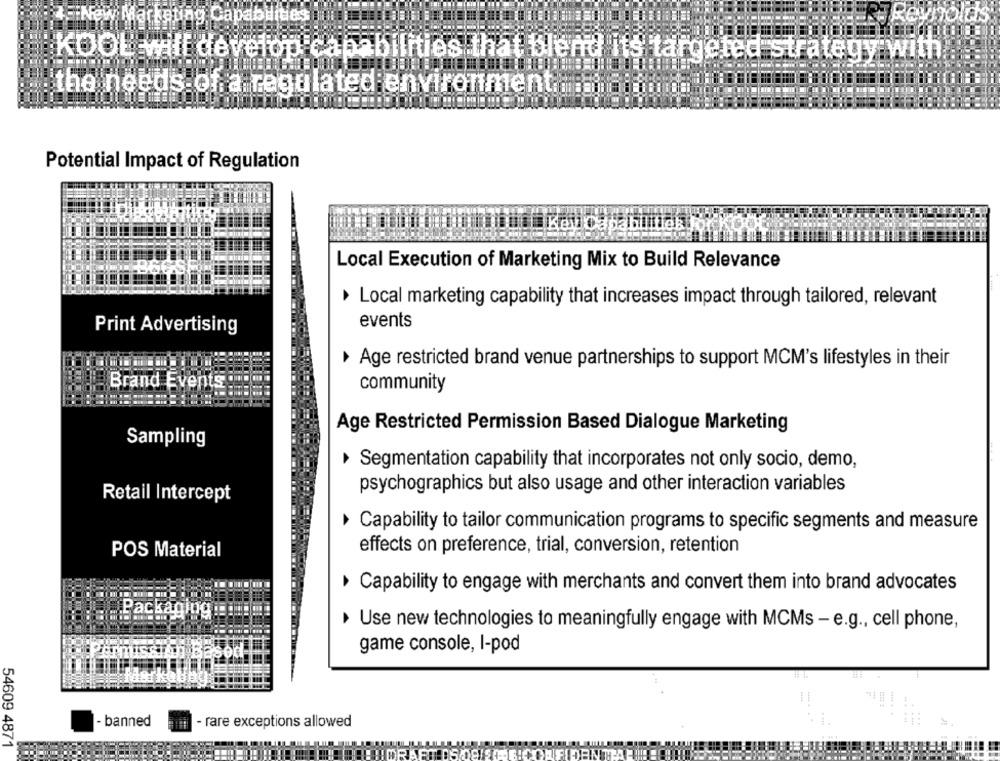
g Capabilities
KOOL wiff develop capabilities that blend its targeted strategy:
the needs of a regulated environmentine madon 00
Potential Impact of Regulation
Local Execution of Marketing Mix to Build Relevance
Local marketing capability that increases impact through tailored, relevant
events
Print Advertising
Age restricted brand venue partnerships to support MCM's lifestyles in their
Brand Events
community
Age Restricted Permission Based Dialogue Marketing
Sampling
Segmentation capability that incorporates not only socio, demo,
psychographics but also usage and other interaction variables
Retail Intercept
Capability to tailor communication programs to specific segments and measure
POS Material
effects on preference, trial, conversion, retention
Capability to engage with merchants and convert them into brand advocates
ac
Use new technologies to meaningfully engage with MCMs - e.g ., cell phone,
game console, I-pod
- banned
- rare exceptions allowed
54609 4871